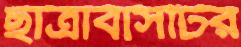
ছাত্রাবাসটির